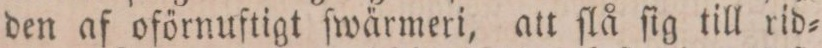
den af oförnuftigt ſwärmeri, att ſlå ſig till rid=